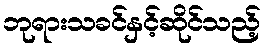
ဘုရားသခင်နှင့်ဆိုင်သည့်